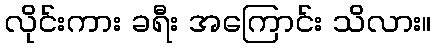
လိုင်းကား ခရီး အကြောင်း သိလား။